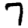
Digit: 7